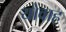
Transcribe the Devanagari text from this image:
योवाह